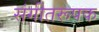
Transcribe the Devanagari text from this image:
संगीतरूपक